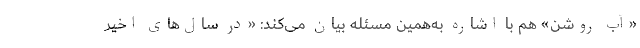
«آب روشن» هم با اشاره به‌همین مسئله بیان می‌کند: «در سال‌های اخیر